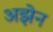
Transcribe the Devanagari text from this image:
अझेन